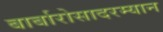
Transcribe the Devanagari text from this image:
बार्बारोसादरम्यान